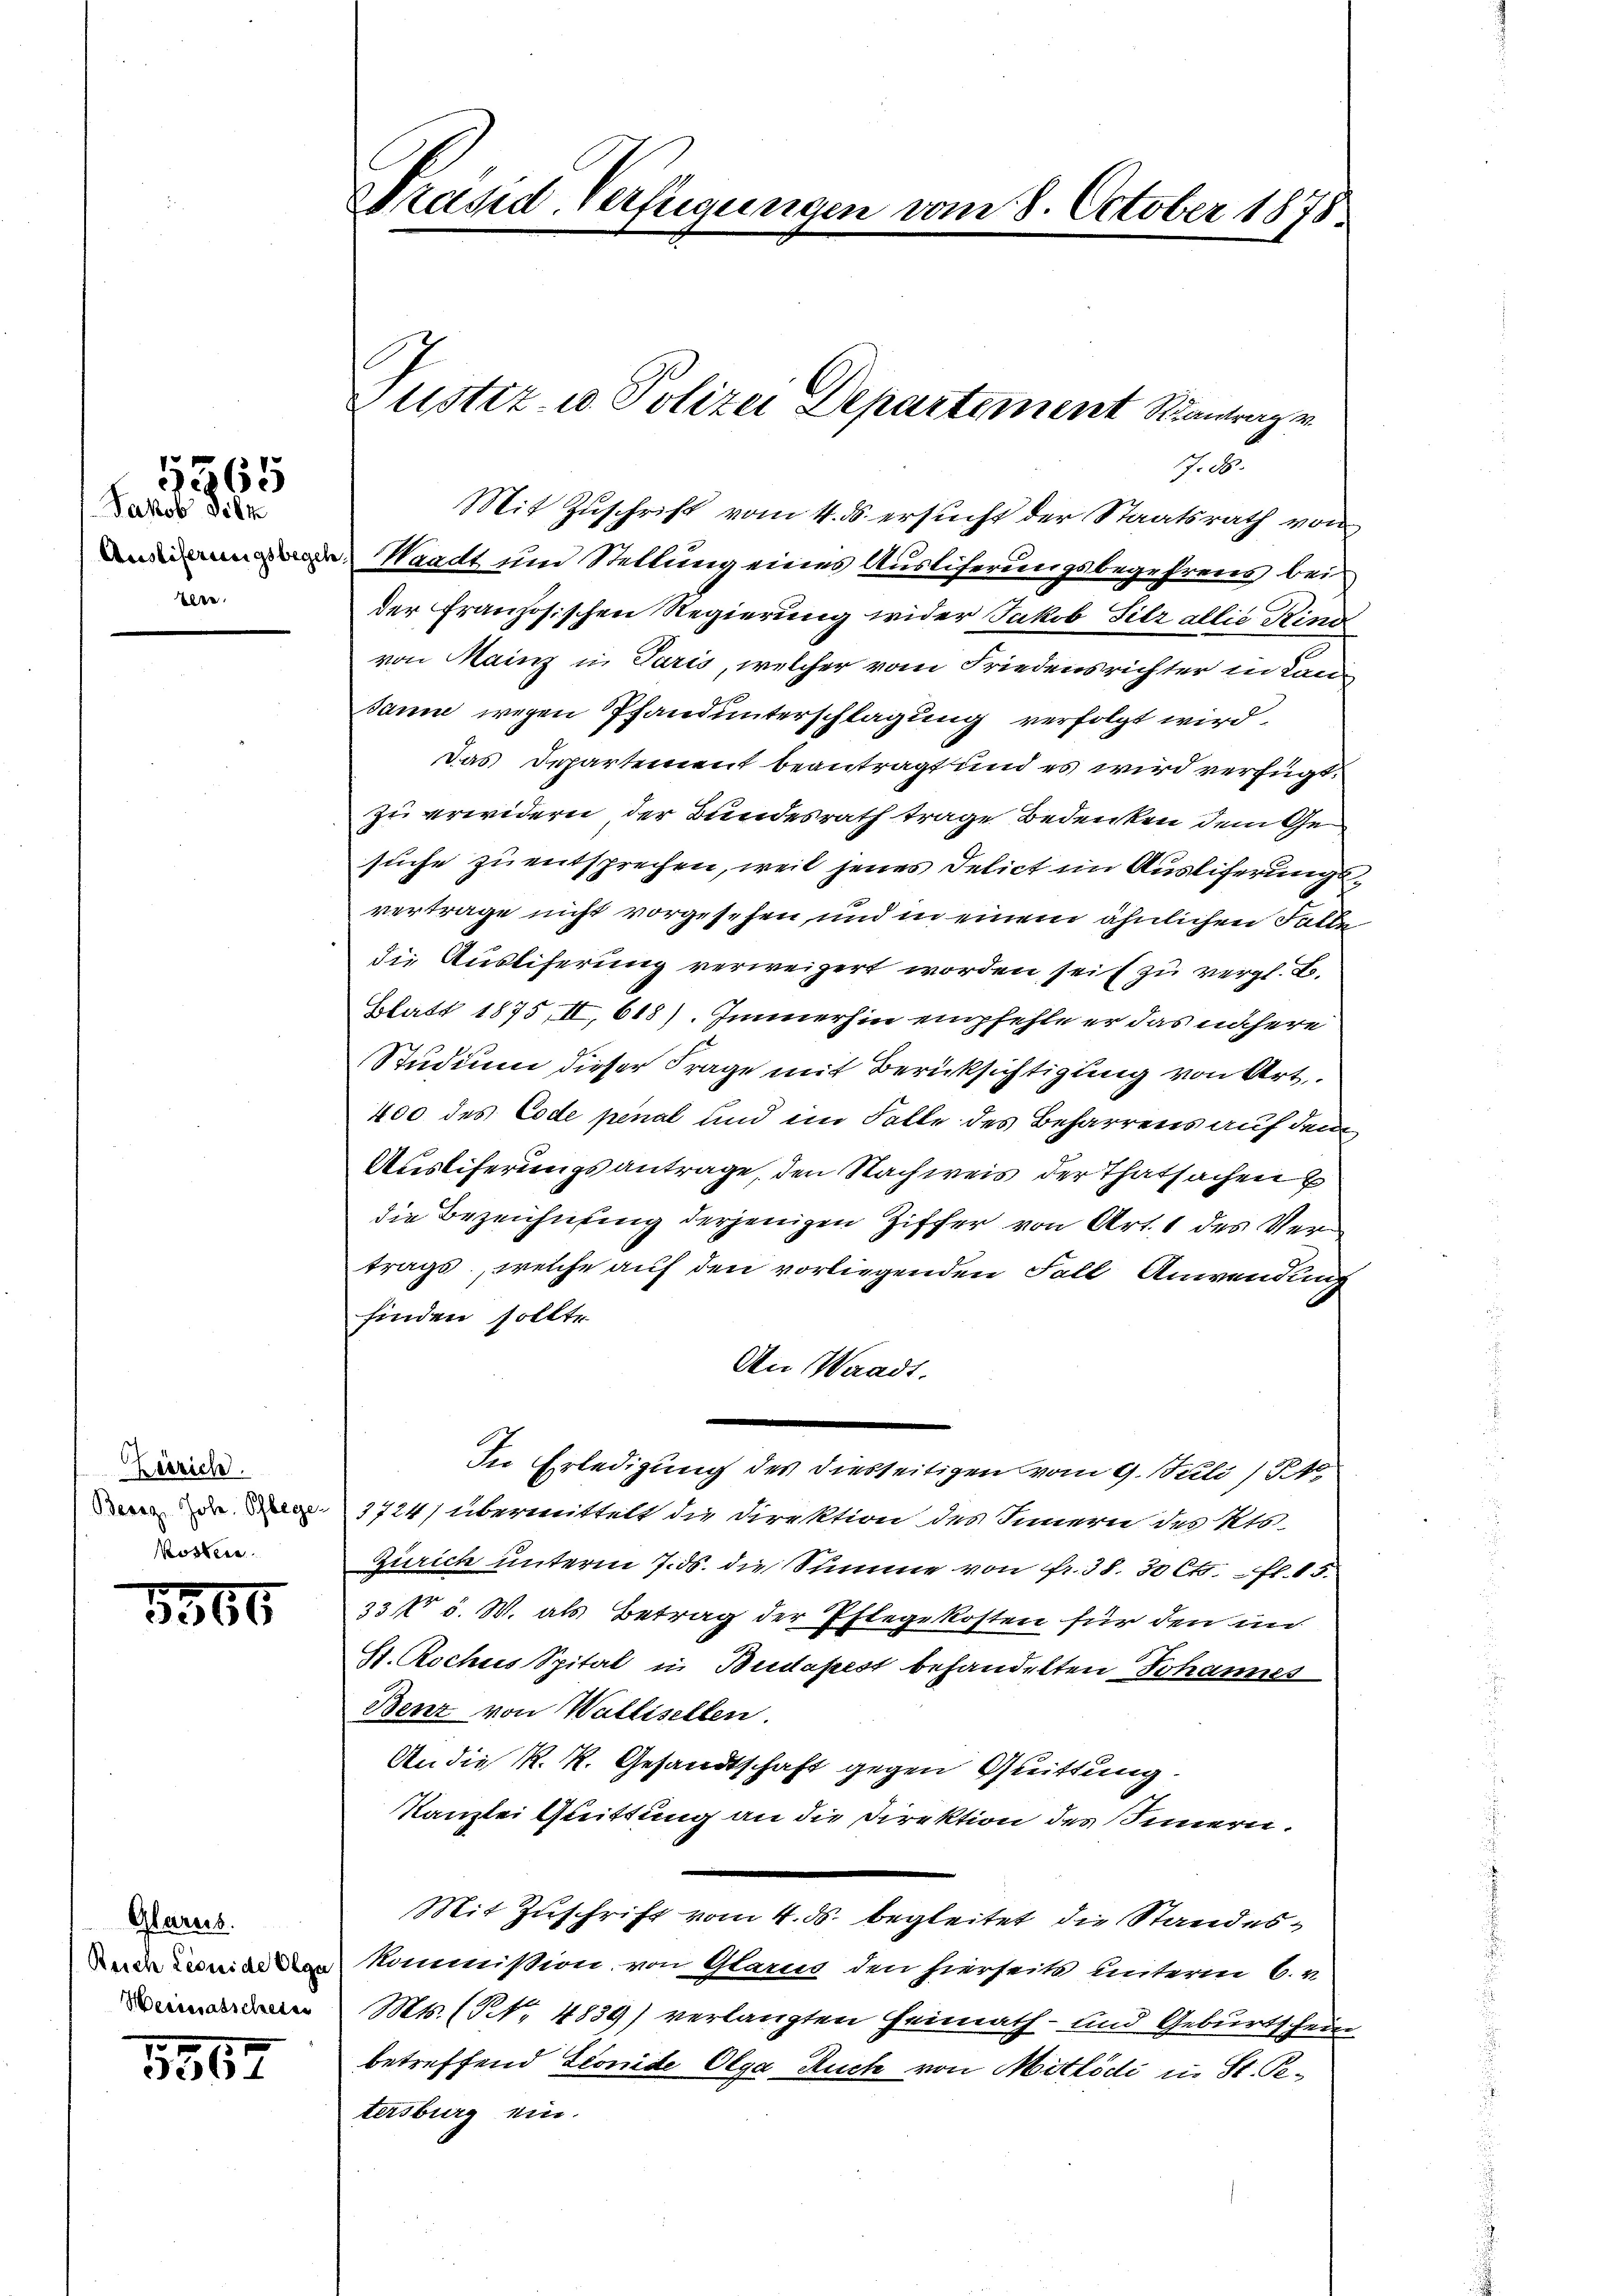
elte.

1565
Jakob Silk

Zeirich.
kosten.

5366

Glarus.

1562

Mit Zuschrift vom 4. ds. ersucht der Staatsrath von
unddienen Waadt und Stellung eines Auslieferungsbegehrens bei
der Französischen Regierung wider Jakob Silz allie Kind
von Mainz in Paris, welcher vom Friedensrichter in Lan¬
Janne wegen Pfandunterschlagung verfolgt wird
Das Departement beantragt und es wird verfügt:
zu erwidern der Bundesrath trage Bedenken dem Gesuche zu entsprechen, weil jenes Delict im Auslieferungsvertrage nicht vorgesehen, und in einem ähnlichen Falle
die Ausliferung verweigert worden seit zu vergl. B.
Blatt 1875, II, 618). Immerhin empfehle er das nähere
Studium dieser Frage mit Berücksichtigung von Art.
400 des Code penal und ein Falle des Beharrens auf den
Ausliferungsantrage, den Nachweis der Thatsachen
die Bezeichnung derjenigen Ziffer von Art. 1 des Vertrags, welche auf den vorliegenden Fall Anwendung
finden sollte
An Waadt.
In Erledigung des diesseitigen vom 9. Juli 1
3724) übermittelt die Direktion des Innern des Kts.
Zürich unterm 7. ds. die Summe von fr. 38. 30 Cts. fl. 15.
e
33 fr 5. W. als Betrag der Pflegekosten für den in
St. Rochus Spital in Budapest behandelten Johannes
Benz von Wallisellen.
An die K. K. Gesandtschaft gegen Quittung.
Kanzlei Quittung an die Direktion des Innern.
Mit Zuschrift vom 4. ds. begleitet die Standese kommißion, von Glarus den hierseite unterm 6. v.
Mts. (N. 4839) verlangten Heimath- und Geburtschein
betreffend Stonide Olga Auch von Mitlödi in St. Petersburg ein.

Präsid. Verfügungen vom 8. October 1878.

Justiz- u. Polizei Departement Santragen
7.8.